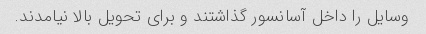
وسایل را داخل آسانسور گذاشتند و برای تحویل بالا نیامدند.